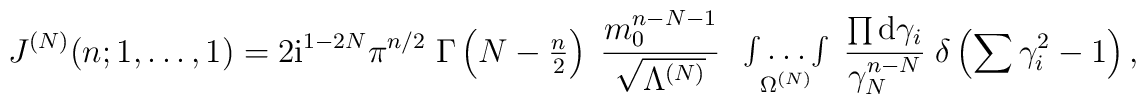
J^{(N)}(n; 1, \ldots, 1) = 2\mbox{i}^{1-2N} \pi^{n/2} \;\Gamma\left(N-{\textstyle{n\over2}}\right) \;\frac{m_0^{n-N-1}}{\sqrt{\Lambda^{(N)}}} \;\begin{array}{c} {} \\ \int\limits \ldots \int\limits \\                  {}^{\Omega^{(N)}} \end{array}\frac{\prod \mbox{d}\gamma_i}{\gamma_N^{n-N}} \;\delta\left( \sum\gamma_i^2 -1\right) ,